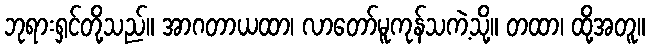
ဘုရားရှင်တို့သည်။ အာဂတာယထာ၊ လာတော်မူကုန်သကဲ့သို့။ တထာ၊ ထို့အတူ။